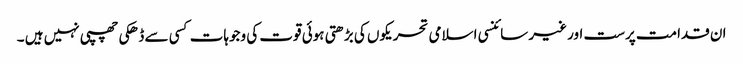
ان قدامت پرست اور غیر سائنسی اسلامی تحریکوں کی بڑھتی ہوئی قوت کی وجوہات کسی سے ڈھکی چھپی نہیں ہیں ۔